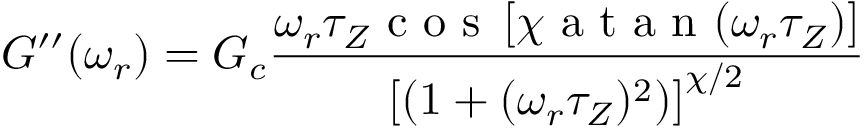
G ^ { \prime \prime } ( \omega _ { r } ) = G _ { c } \frac { \omega _ { r } \tau _ { Z } \textrm { c o s } \left[ \chi \textrm { a t a n } ( \omega _ { r } \tau _ { Z } ) \right] } { \left[ ( 1 + ( \omega _ { r } \tau _ { Z } ) ^ { 2 } ) \right] ^ { \chi / 2 } }